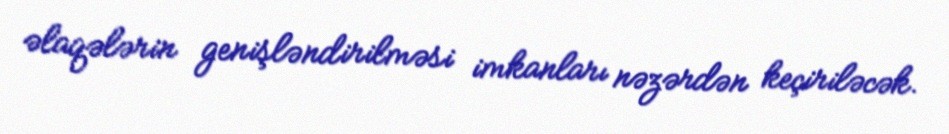
əlaqələrin genişləndirilməsi imkanları nəzərdən keçiriləcək.